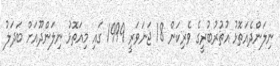
ނިލަންދެއަތޮޅު އުތުރުބުރީގެ ވެރިކަން 18 ޖަނަވަރީ 1999 ގައި މިއަތޮޅު ނިލަންދޫއަށް ބަދަލު